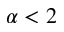
\alpha < 2